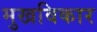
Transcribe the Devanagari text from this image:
मुखविकार